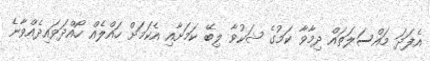
އެފަދަ މައްސަލަތައް ދިމާވާ ކަމުގެ ޝަކުވާ ލިބޭ ކަމަށާއި އެކަމަށް ހައްލެއް ހޯއްދަަވައިދެއްވާނެ